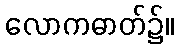
လောကဓာတ်၌။